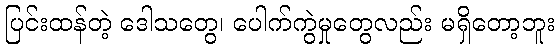
ပြင်းထန်တဲ့ ဒေါသတွေ၊ ပေါက်ကွဲမှုတွေလည်း မရှိတော့ဘူး